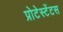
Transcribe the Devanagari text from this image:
प्रोटेस्टेंटस